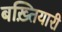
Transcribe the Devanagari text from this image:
बख़्तियारी